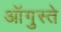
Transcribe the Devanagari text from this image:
ऑगुस्ते